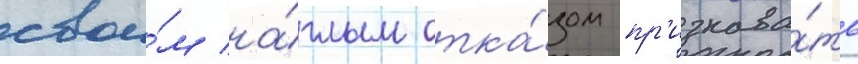
свои́м на́глым отка́зом пр'изнава́ть